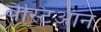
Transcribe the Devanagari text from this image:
बैस्टिऑन